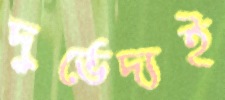
দুর্ভেদ্যই